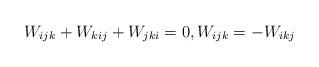
LaTeX: \begin{gather*}W_{ijk}+W_{kij}+W_{jki}=0,W_{ijk}=-W_{ikj}\end{gather*}